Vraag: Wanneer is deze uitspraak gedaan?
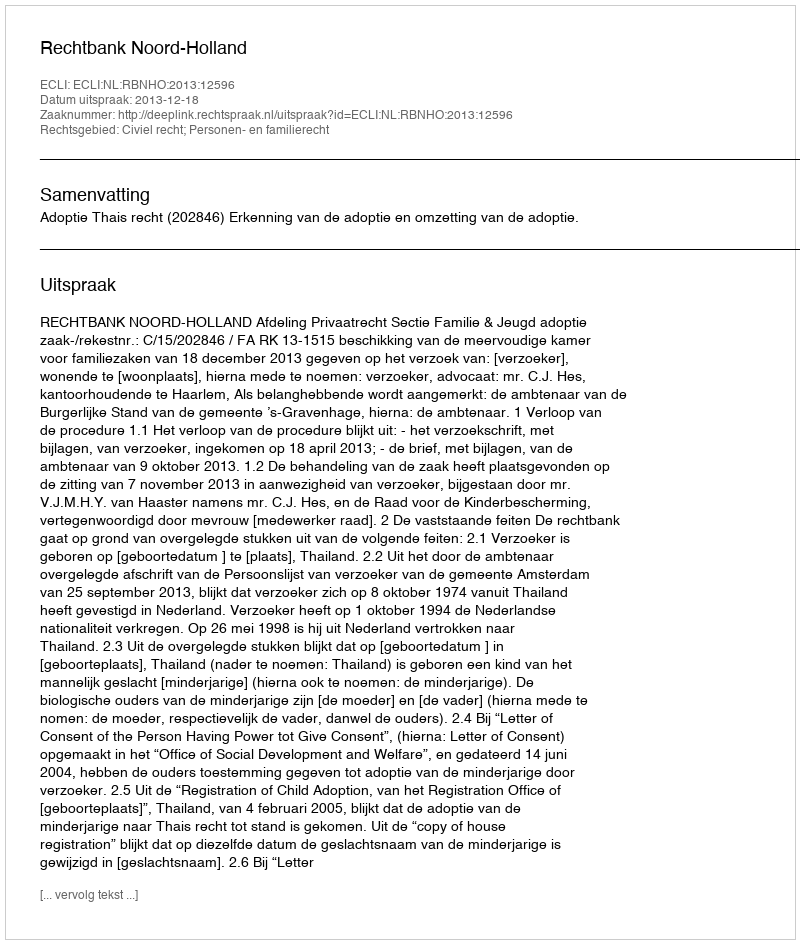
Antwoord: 2013-12-18